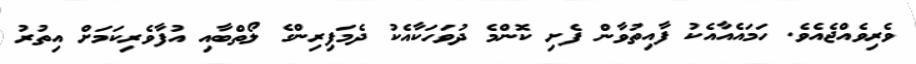
ވެރިވެއްޖެއެވެ. ހަމައެއާއެކު ފާއިތުވާން ފެށި ކޮންމެ ދުވަހަކާއެކު ދެމަފިރިންގެ ލޯތްބާއި އުފާވެރިކަމަށް އިތުރު